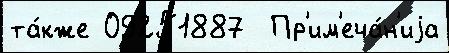
та́кже 09251887  Пр'им'еча́н'иjа